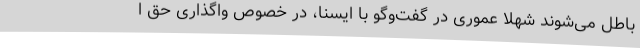
باطل می‌شوند شهلا عموری در گفت‌وگو با ایسنا، در خصوص واگذاری حق ا